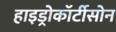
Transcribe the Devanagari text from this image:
हाइड्रोकॉर्टीसोन